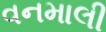
વનમાલી